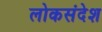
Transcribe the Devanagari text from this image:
लोकसंदेश